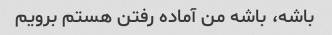
باشه، باشه من آماده رفتن هستم برویم